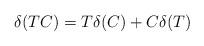
LaTeX: \begin{align*} \delta(TC)=T\delta(C)+C\delta(T)\end{align*}